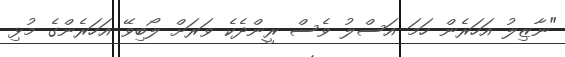
"ނާޒިލު އަހަރެން ހަމަ އަސްލު ވެސް ރީންދެކެ ވަރަށް ލޯބިވޭ އަހަރެންގެ މުޅި